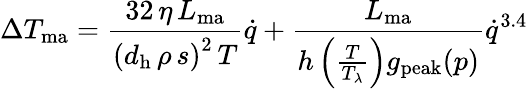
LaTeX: \Delta T_{\mathrm{ma}}=\frac{32\, \eta\, L_{\mathrm{ma}}}{\left(d_{\mathrm{h}}\, \rho\, s\right)^{2}\, T}\dot{q}+\frac{L_{\mathrm{ma}}}{h\left(\frac{T}{T_{\lambda}}\right)g_{\mathrm{peak}}(p)}\dot{q}^{3.4}